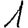
Digit: 1